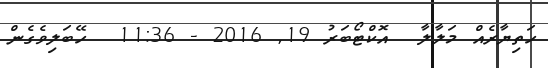
ހަތިޔާރެއް މަލާލާ  އޮކްޓޯބަރު 19